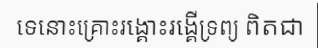
ទេនោះគ្រោះរង្គោះរង្គើទ្រព្យ ពិតជា